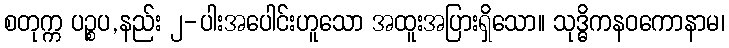
စတုက္က ပဉ္စပ,နည်း ၂-ပါးအပေါင်းဟူသော အထူးအပြားရှိသော။ သုဒ္ဓိကနဝကောနာမ၊